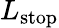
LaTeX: L_{\textrm{stop}}